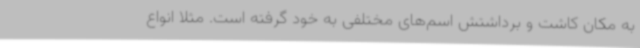
به مکان کاشت و برداشتش اسم‌های مختلفی به خود گرفته است. مثلا انواع